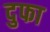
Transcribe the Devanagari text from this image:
दुफा